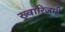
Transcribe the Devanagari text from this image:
ख्वारिज़मी